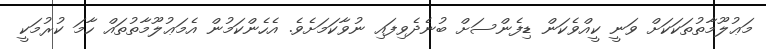
މަޢުލޫމާތުތަކަކަށް ވަނީ ކީއްވެކަން ޑިފެންސަށް ބުނެދެވިފައި ނުވާކަމަށެވެ. އެހެންކަމުން އެމަޢުލޫމާތުތައް ހާމަ ކުރުމަކީ